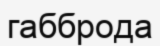
габброда